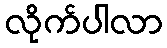
လိုက်ပါလာ